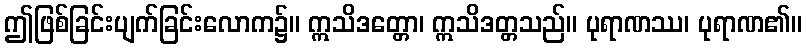
ဤဖြစ်ခြင်းပျက်ခြင်းလောက၌။ ဣသိဒတ္တော၊ ဣသိဒတ္တသည်။ ပုရာဏဿ၊ ပုရာဏ၏။